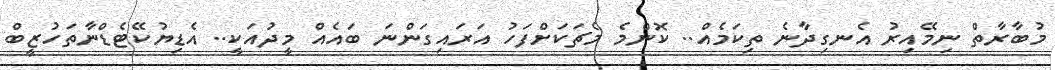
މުބާރާތް ނިމޭއިރު އެނގިދާނެ ތިކަމެއް.. ކޮންމެ މެޗަކަށްފަހު އަރައިގަންނަ ބައެއް މީދުއަކީ.. އެޑިޔުކޭޓެޑްނާތަހުޒީބް